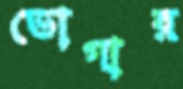
ভোগার